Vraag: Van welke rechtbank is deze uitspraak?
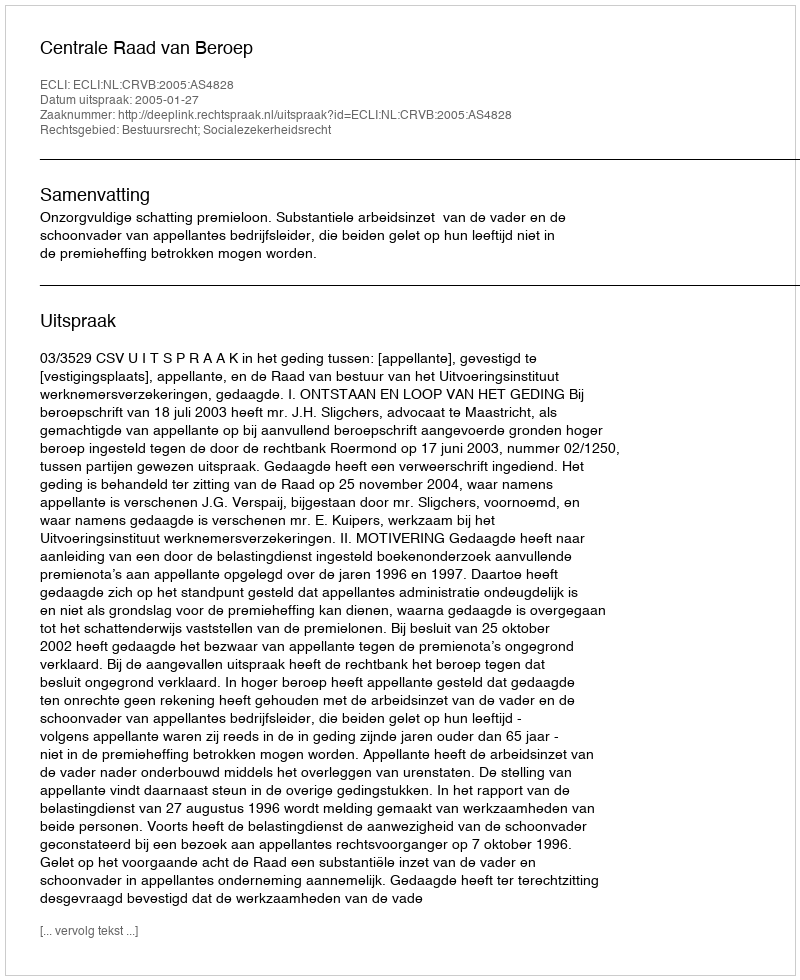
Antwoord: Centrale Raad van Beroep